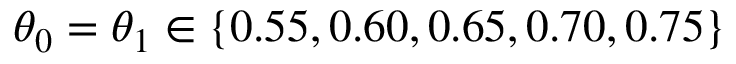
\theta _ { 0 } = \theta _ { 1 } \in \{ 0 . 5 5 , 0 . 6 0 , 0 . 6 5 , 0 . 7 0 , 0 . 7 5 \}